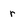
Character: r